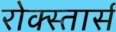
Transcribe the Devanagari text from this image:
रोक्स्तार्स